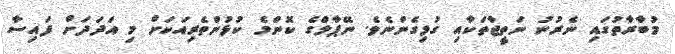
މުބާރާތުގައި ނެރުނު ނަތީޖާތަކާއި ގުޅިގެންނެވެ. ނޭޕާލްގެ ކޮންމެ ކުޅުންތެރިއަކަށް މި އަދަދަށް ފައިސާ